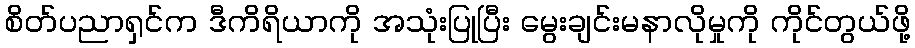
စိတ်ပညာရှင်က ဒီကိရိယာကို အသုံးပြုပြီး မွေးချင်းမနာလိုမှုကို ကိုင်တွယ်ဖို့